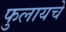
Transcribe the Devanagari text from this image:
फुलायचे